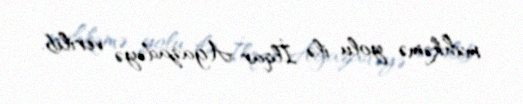
məhkəmə yolu ilə İlqar Ağazadəyə verilib.